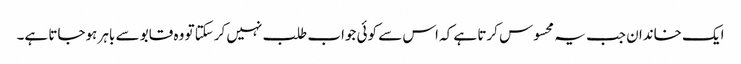
ایک خاندان جب یہ محسوس کرتا ہے کہ اس سے کوئی جواب طلب نہیں کرسکتا تو وہ قابو سے باہر ہوجاتا ہے۔